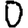
Digit: 0